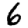
Digit: 6